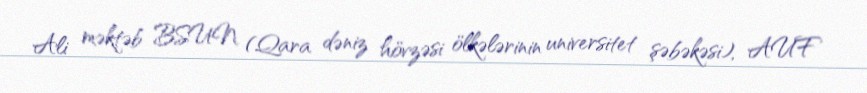
Ali məktəb BSUN (Qara dəniz hövzəsi ölkələrinin universitet şəbəkəsi), AUF